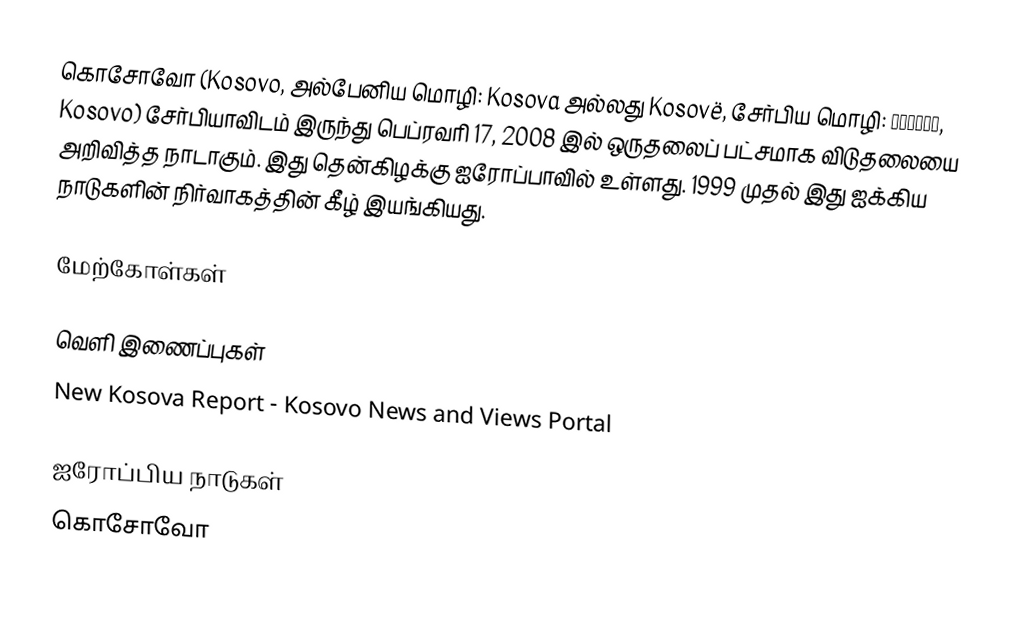
கொசோவோ (Kosovo, அல்பேனிய மொழி: Kosova அல்லது Kosovë, சேர்பிய மொழி: Косово, Kosovo) சேர்பியாவிடம் இருந்து பெப்ரவரி 17, 2008 இல் ஒருதலைப் பட்சமாக விடுதலையை அறிவித்த நாடாகும். இது தென்கிழக்கு ஐரோப்பாவில் உள்ளது. 1999 முதல் இது ஐக்கிய நாடுகளின் நிர்வாகத்தின் கீழ் இயங்கியது.

மேற்கோள்கள்

வெளி இணைப்புகள்
 New Kosova Report - Kosovo News and Views Portal

ஐரோப்பிய நாடுகள்
கொசோவோ